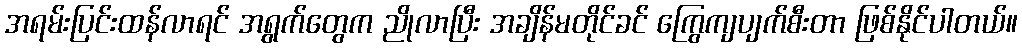
အရမ်းပြင်းထန်လာရင် အရွက်တွေက ညိုလာပြီး အချိန်မတိုင်ခင် ကြွေကျပျက်စီးတာ ဖြစ်နိုင်ပါတယ်။